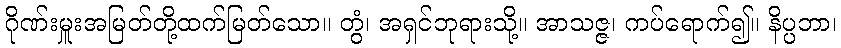
ဂိုဏ်းမှူးအမြတ်တို့ထက်မြတ်သော။ တွံ၊ အရှင်ဘုရားသို့။ အာသဇ္ဇ၊ ကပ်ရောက်၍။ နိပ္ပဘာ၊